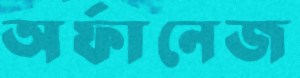
অর্ফানেজ